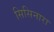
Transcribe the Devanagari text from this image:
सिसिनारा